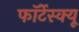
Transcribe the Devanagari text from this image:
फॉर्टेस्क्यू